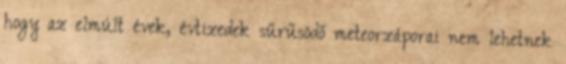
hogy az elmúlt évek, évtizedek sűrűsödő meteorzáporai nem lehetnek